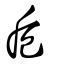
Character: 卮